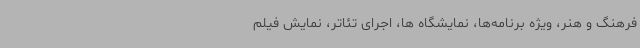
فرهنگ و هنر، ویژه برنامه‌ها، نمایشگاه ها، اجرای تئاتر، نمایش فیلم